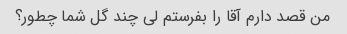
من قصد دارم آقا را بفرستم لی چند گل شما چطور؟